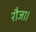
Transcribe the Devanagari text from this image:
रौजा।